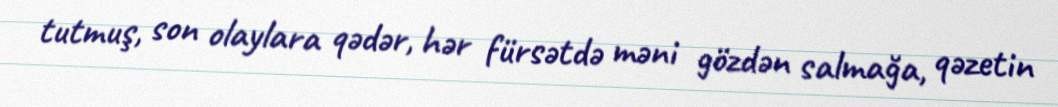
tutmuş, son olaylara qədər, hər fürsətdə məni gözdən salmağa, qəzetin